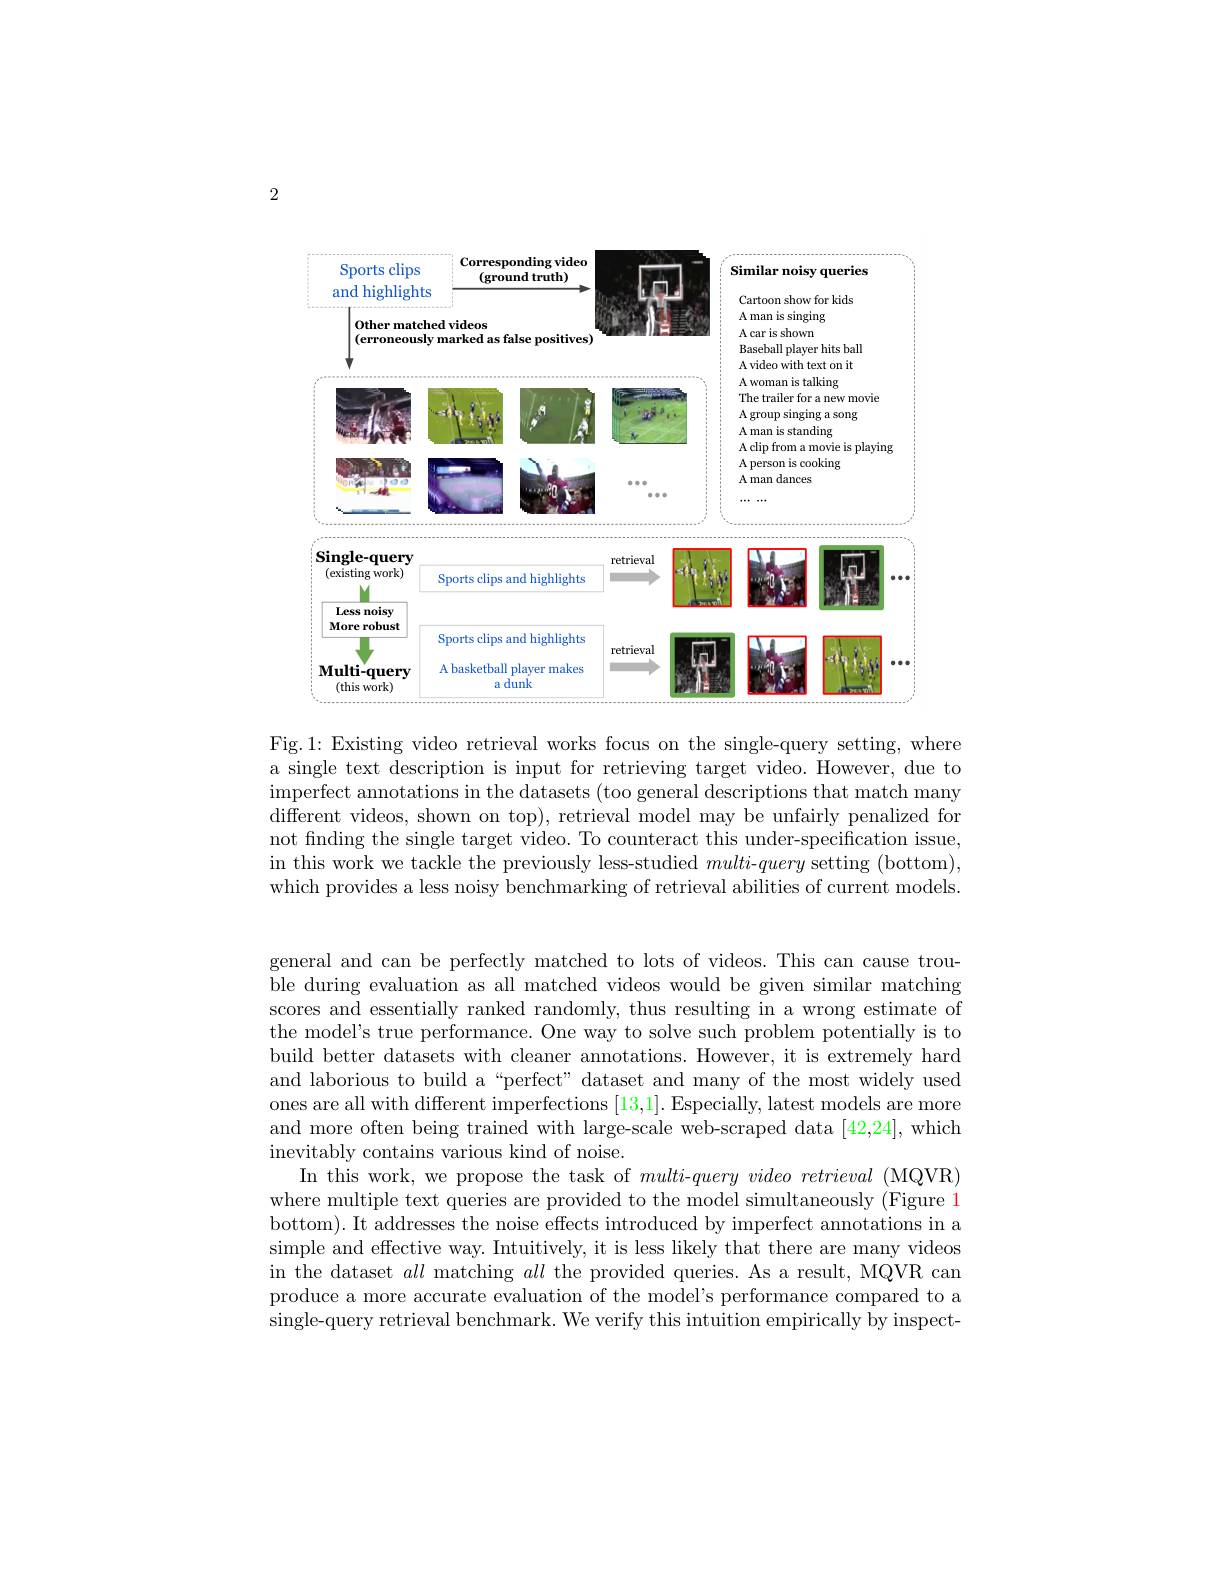
2

<FigureHere>

Fig.1: Existing video retrieval works focus on the single-query setting, where a single text description is input for retrieving target video. However, due to imperfect annotations in the datasets (too general descriptions that match many different videos, shown on top), retrieval model may be unfairly penalized for not finding the single target video. To counteract this under-specification issue, in this work we tackle the previously less-studied multi-query setting (bottom), which provides a less noisy benchmarking of retrieval abilities of current models.

general and can be perfectly matched to lots of videos. This can cause trouble during evaluation as all matched videos would be given similar matching scores and essentially ranked randomly, thus resulting in a wrong estimate of the model's true performance. One way to solve such problem potentially is to build better datasets with cleaner annotations. However, it is extremely hard and laborious to build a“perfect” dataset and many of the most widely used ones are all with different imperfections [13,1]. Especially, latest models are more and more often being trained with large-scale web-scraped data [42,24], which inevitably contains various kind of noise.
In this work, we propose the task of $multi- query\textit{video retrieval ( MQVR) }$ where multiple text queries are provided to the model simultaneously (Figure 1 bottom). It addresses the noise effects introduced by imperfect annotations in a simple and effective way. Intuitively, it is less likely that there are many videos in the dataset all matching all the provided queries. As a result, MQVR can produce a more accurate evaluation of the model's performance compared to a single-query retrieval benchmark. We verify this intuition empirically by inspect-